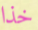
خذا